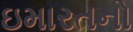
ઇમારતનો